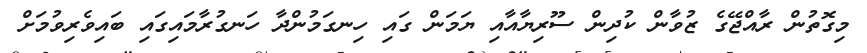
މިގޮތުން ރާއްޖޭގެ ޒުވާން ކުދިން ސޫރިޔާއާއި ޔަމަން ގައި ހިނގަމުންދާ ހަނގުރާމައިގައި ބައިވެރިވުމަށް